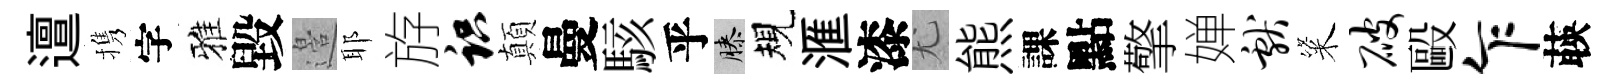
邅携字雅毀邉耶斿识顛曼駭乎膝規滙漆尤熊課點擎婵献粢破毆乍𦴤